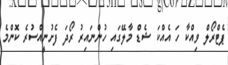
ޕެޓްރޯލް ވިއްކާ ހަ އެއްކަ ޝެޑް މާލޭގައި ހުންނައިރު ރޯދަ ފެށުނީއްސުރެ ކޮންމެ